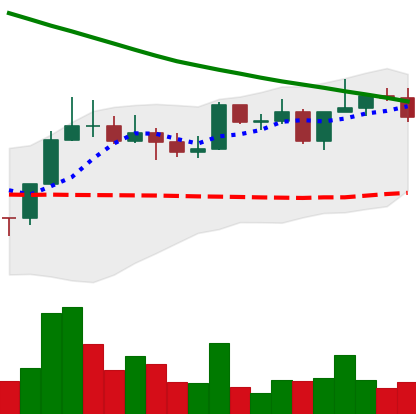
Ticker: NEO-USD
Chart end date: 2022-08-14
Forward return: -17.283%
Label: down_7plus